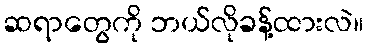
ဆရာတွေကို ဘယ်လိုခန့်ထားလဲ။